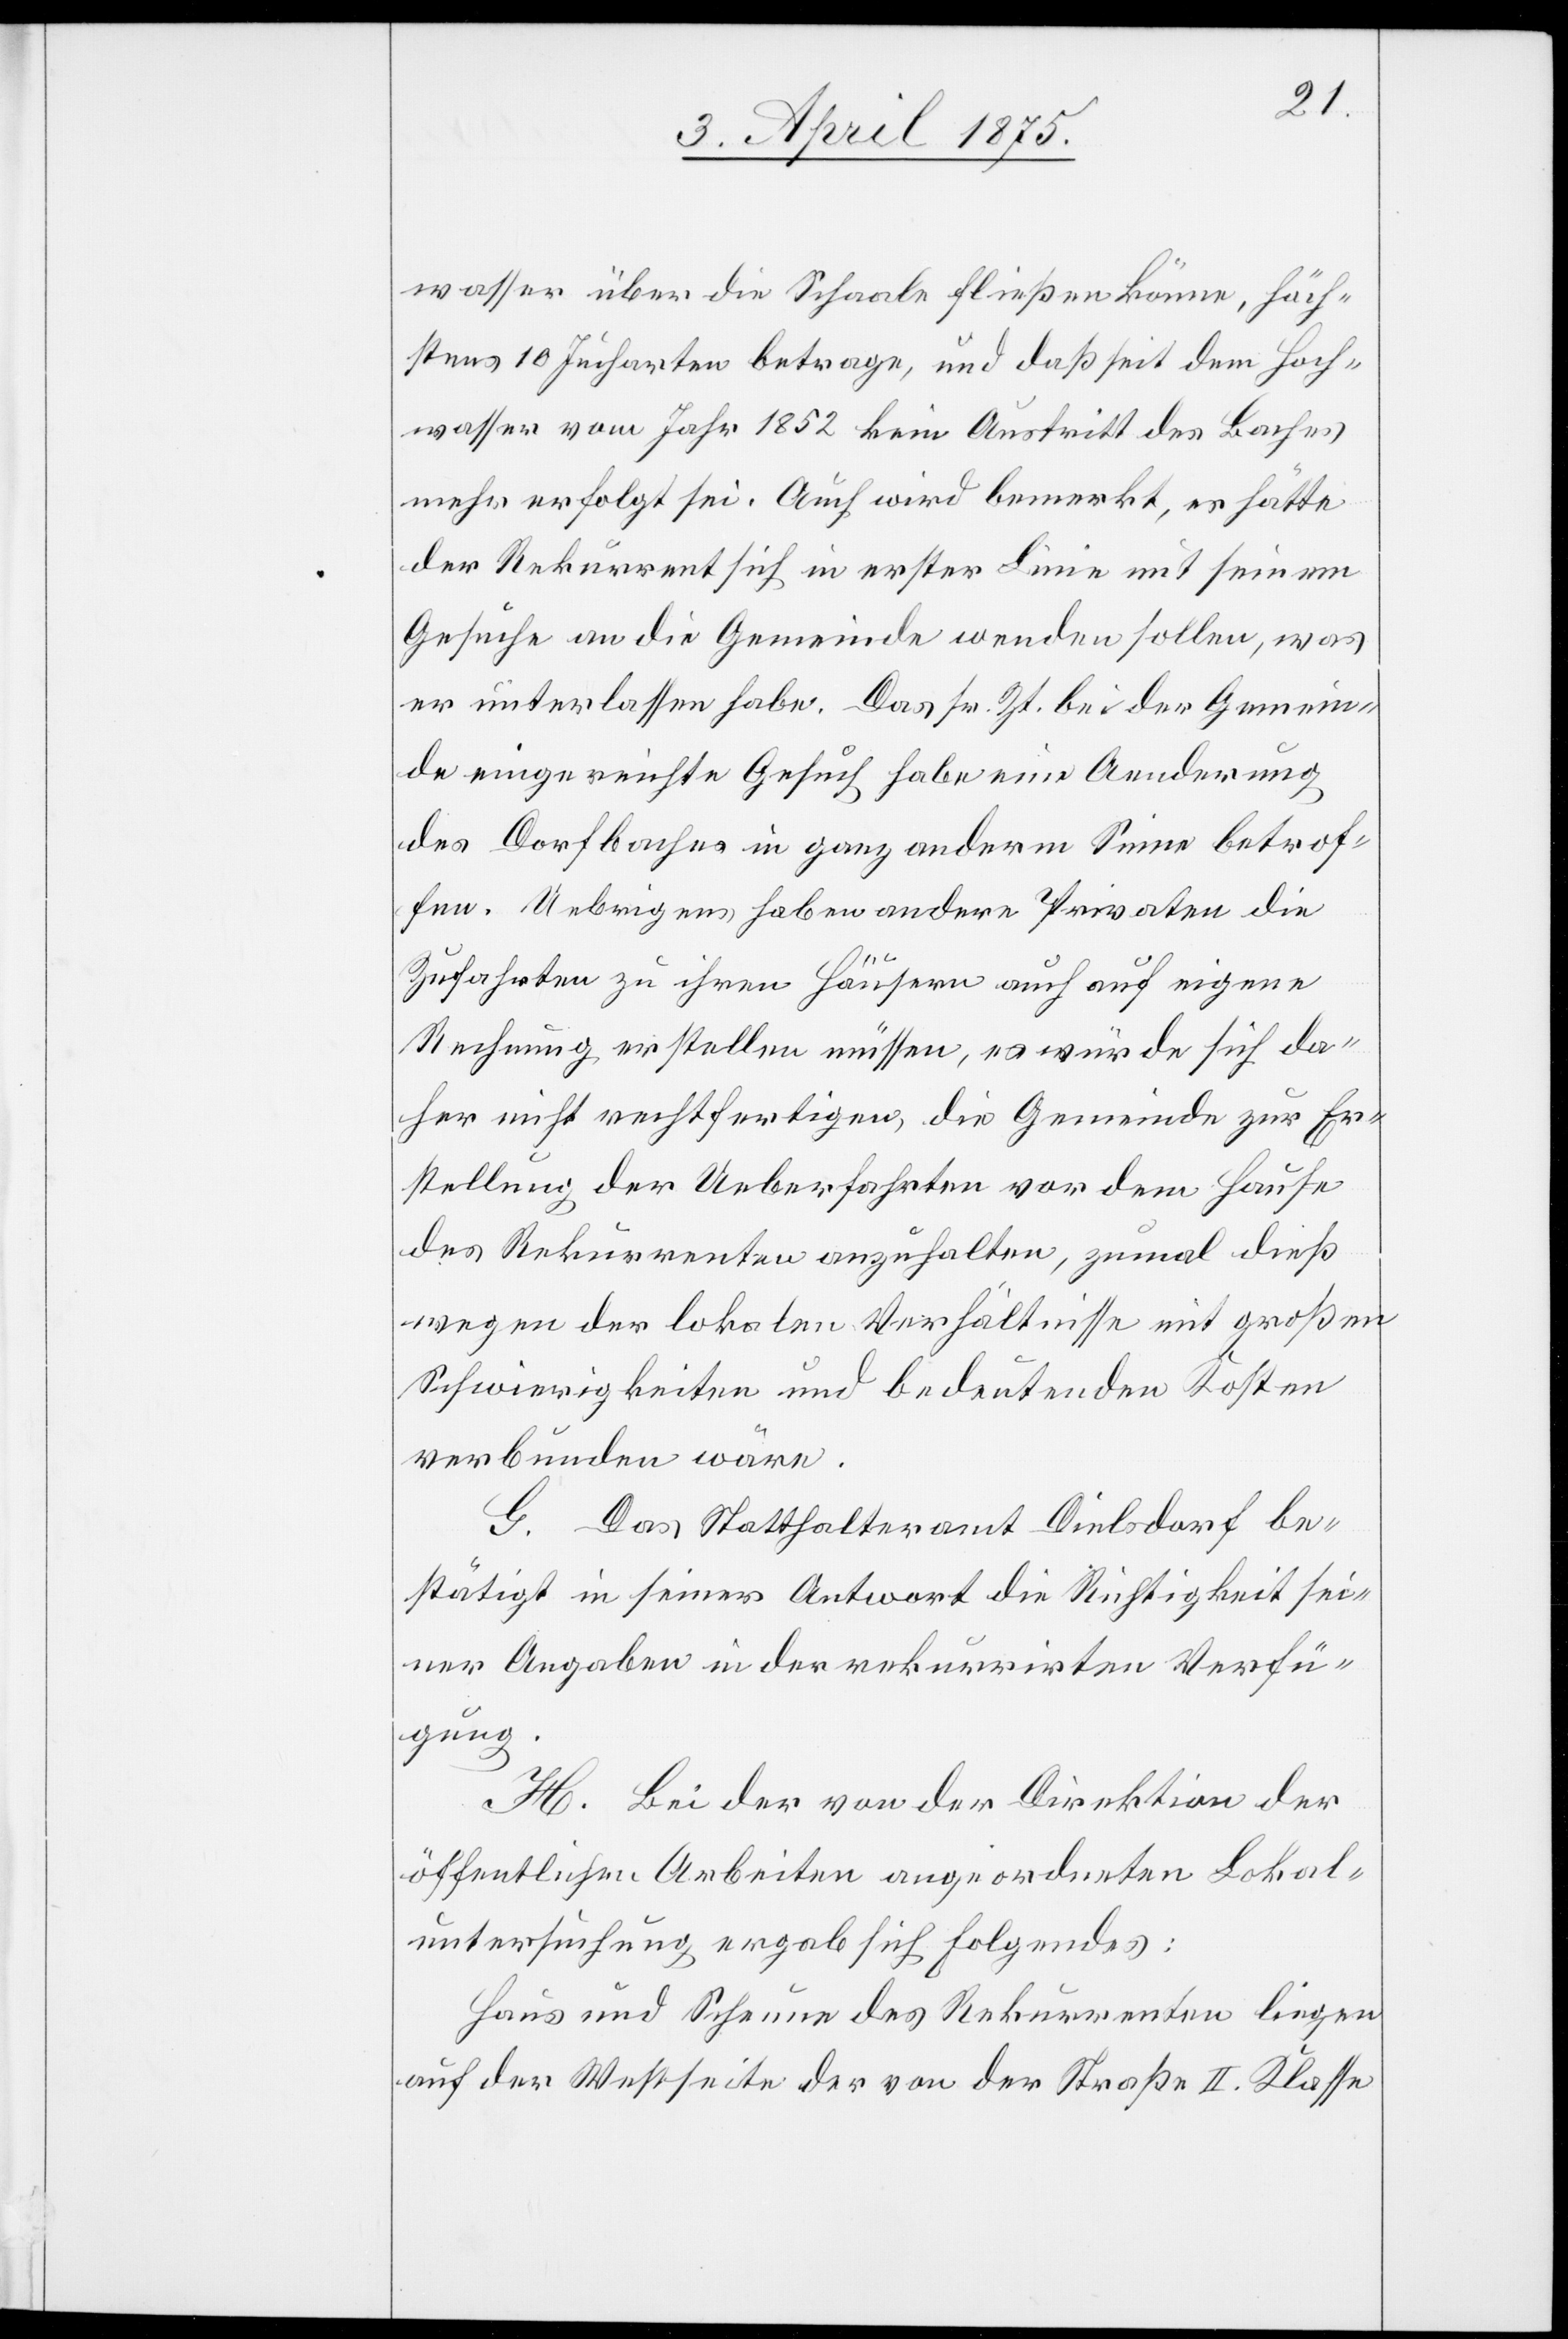
wasser über die Schaale fließen könne, höch¬
stens 10 Jucharten betrage, und daß seit dem Hoch¬
wasser vom Jahr 1852 kein Austritt des Baches
mehr erfolgt sei. Auch wird bemerkt, es hätte
der Rekurrent sich in erster Linie mit seinem
Gesuche an die Gemeinde wenden sollen, was
er unterlassen habe. Das sr. Zt. bei der Gemein¬
de eingereichte Gesuch, habe eine Aenderung
des Dorfbaches in ganz anderm Sinne betrof¬
fen. Uebrigens haben andere Privaten die
Zufahrten zu ihren Häusern auch auf eigene
Rechnung erstellen müssen, es würde sich da¬
her nicht rechtfertigen, die Gemeinde zur Er¬
stellung der Ueberfahrten vor dem Hause
des Rekurrenten anzuhalten, zumal dieß
wegen der lokalen Verhältnisse mit großen
Schwierigkeiten und bedeutenden Kosten
verbunden wäre.
G. Das Statthalteramt Dielsdorf be¬
stätigt in seiner Antwort die Richtigkeit sei¬
ner Angaben in der rekurrirten Verfü¬
gung.
H. Bei der von der Direktion der
öffentlichen Arbeiten angeordneten Lokal¬
untersuchung ergab sich folgendes:
Haus und Scheune des Rekurrenten liegen
auf der Westseite der von der Straße II. Klasse